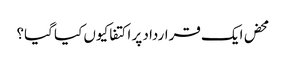
محض ایک قرارداد پر اکتفا کیوں کیا گیا؟